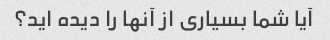
آیا شما بسیاری از آنها را دیده اید؟